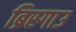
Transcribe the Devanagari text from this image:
ब्रिस्गाउ